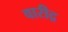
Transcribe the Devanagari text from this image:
वारीद्र